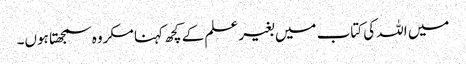
میں اللہ کی کتاب میں بغیر علم کے کچھ کہنا مکروہ سمجھتا ہوں۔